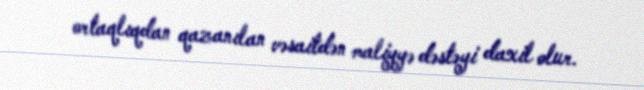
ortaqlıqdan qazanılan vəsaitdən maliyyə dəstəyi daxil olur.